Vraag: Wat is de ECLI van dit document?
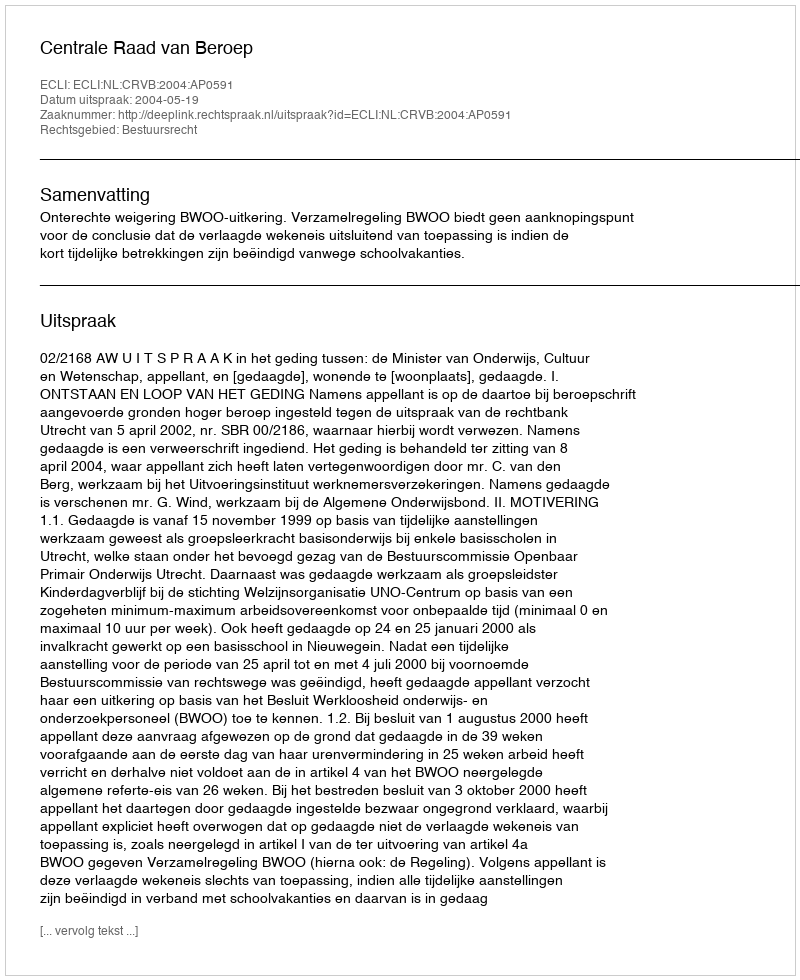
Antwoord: ECLI:NL:CRVB:2004:AP0591